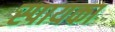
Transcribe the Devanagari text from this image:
स्पायका